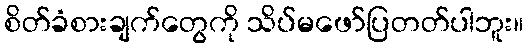
စိတ်ခံစားချက်တွေကို သိပ်မဖော်ပြတတ်ပါဘူး။